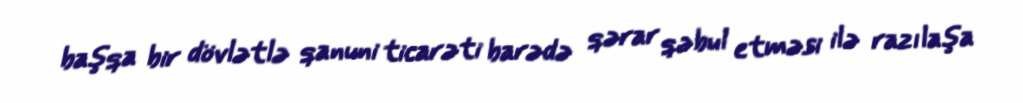
başqa bir dövlətlə qanuni ticarəti barədə qərar qəbul etməsi ilə razılaşa